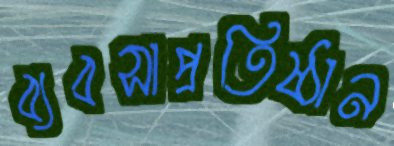
ব্যবসাপ্রতিষ্ঠান